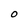
Character: O